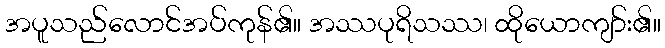
အပူသည်လောင်အပ်ကုန်၏။ အဿပုရိသဿ၊ ထိုယောကျာ်း၏။